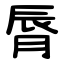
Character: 脣